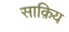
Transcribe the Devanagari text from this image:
साक़िय